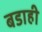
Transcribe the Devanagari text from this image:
बडाही